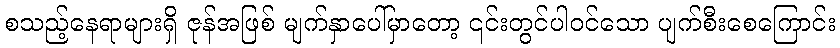
စသည့်နေရာများရှိ ဇုန်အဖြစ် မျက်နှာပေါ်မှာတော့ ၎င်းတွင်ပါဝင်သော ပျက်စီးစေကြောင်း